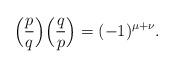
LaTeX: \begin{align*} \Big( \frac pq \Big) \Big( \frac qp \Big) = (-1)^{\mu + \nu}.\end{align*}